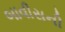
બાવીસની